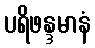
ပရိဖန္ဒမာနံ